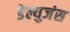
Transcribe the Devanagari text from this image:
डेल्युजंस